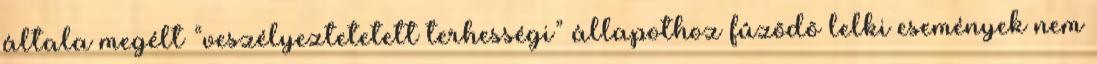
általa megélt “veszélyeztetetett terhességi” állapothoz fûzõdõ lelki események nem